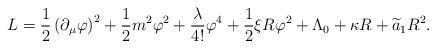
\begin{align*}L= \frac{1}{2} \left( \partial_\mu \varphi \right)^2 +\frac{1}{2} m^2 \varphi^2 + \frac{\lambda}{4!} \varphi^4 +\frac{1}{2} \xi R \varphi^2 + \Lambda_0 + \kappa R +\widetilde{a}_1R^2.\end{align*}